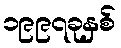
၁၉၉၇ခုနှစ်